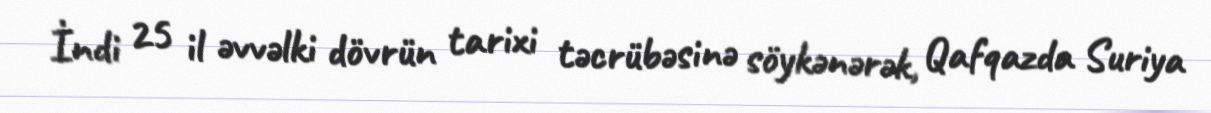
İndi 25 il əvvəlki dövrün tarixi təcrübəsinə söykənərək, Qafqazda Suriya